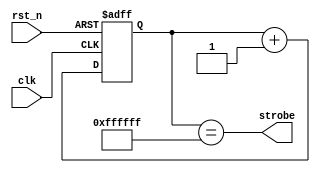
// This program was cloned from: https://github.com/RomeoMe5/DDLM
// License: MIT License

module strobe_gen
#( parameter div=24 )
(
 input  clk,
 input  rst_n,
 output strobe
);
  
  reg [div-1:0] cnt;
  
  always@(posedge clk or negedge rst_n)
    if(!rst_n)
      cnt <= {div{1'b0}};
    else
      cnt <= cnt + {{(div-1){1'b0}},1'b1};

    assign strobe = (cnt[div-1:0] == {div{1'b1}});
    
endmodule // strobe_gen